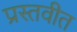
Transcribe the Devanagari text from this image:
प्रस्तवीत